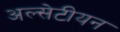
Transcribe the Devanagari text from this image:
अल्सेटीयन